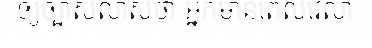
ឲ្យច្បាស់លាស់ថា អ្នកមានពេលវេលា